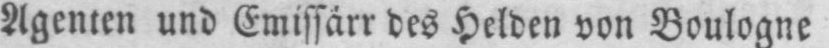
Agenten und Emissárr des Helden von Boulogne